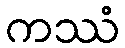
ကဿံ